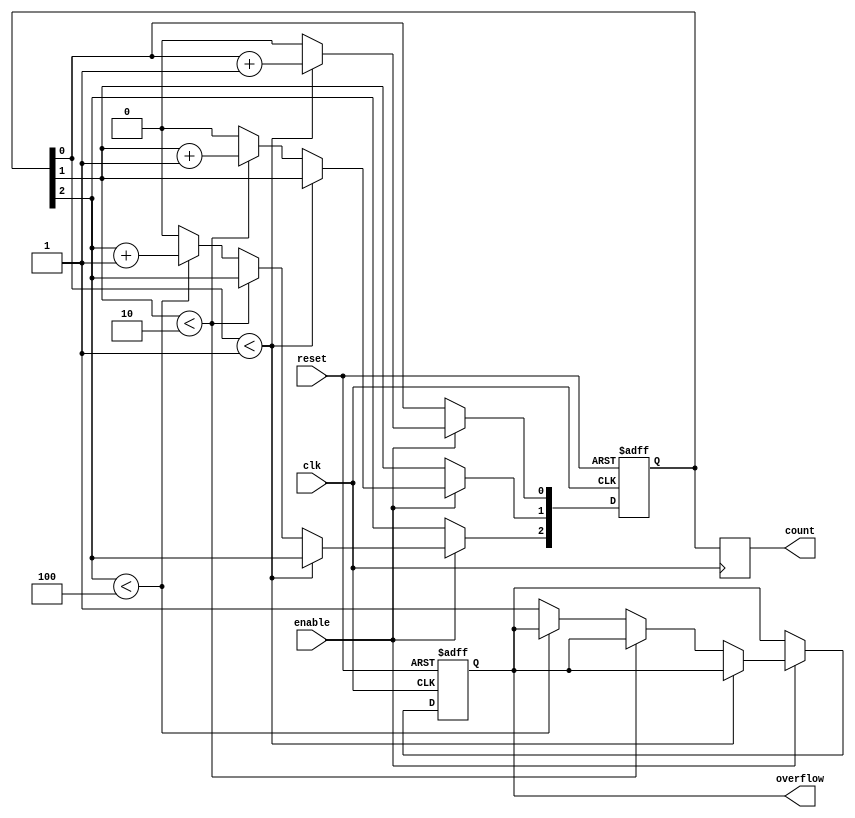
module mixed_radix_counter #(parameter RADIX_0 = 2, 
                               parameter RADIX_1 = 3,
                               parameter RADIX_2 = 5,
                               parameter WIDTH = 3)
(
    input wire clk,
    input wire reset,
    input wire enable,
    output reg [WIDTH-1:0] count,      // Current count output
    output reg overflow                 // Overflow output
);

    // Internal counter
    reg [WIDTH-1:0] digits;

    // Maximum Count Value
    localparam MAX_COUNT = RADIX_0 * RADIX_1 * RADIX_2;

    always @(posedge clk or posedge reset) begin
        if (reset) begin
            digits <= 0;
            overflow <= 0;
        end else if (enable) begin
            // Count logic for mixed-radix digits
            if (digits[0] < RADIX_0 - 1) begin
                digits[0] <= digits[0] + 1;
            end else begin
                digits[0] <= 0;
                // Check radix 1
                if (digits[1] < RADIX_1 - 1) begin
                    digits[1] <= digits[1] + 1;
                end else begin
                    digits[1] <= 0;
                    // Check radix 2
                    if (digits[2] < RADIX_2 - 1) begin
                        digits[2] <= digits[2] + 1;
                    end else begin
                        digits[2] <= 0;
                        overflow <= 1; // Set overflow if all digits rolled over
                    end
                end
            end
        end
    end

    // Assign the current count value to the output
    always @(posedge clk) begin
        count <= digits;
    end

endmodule